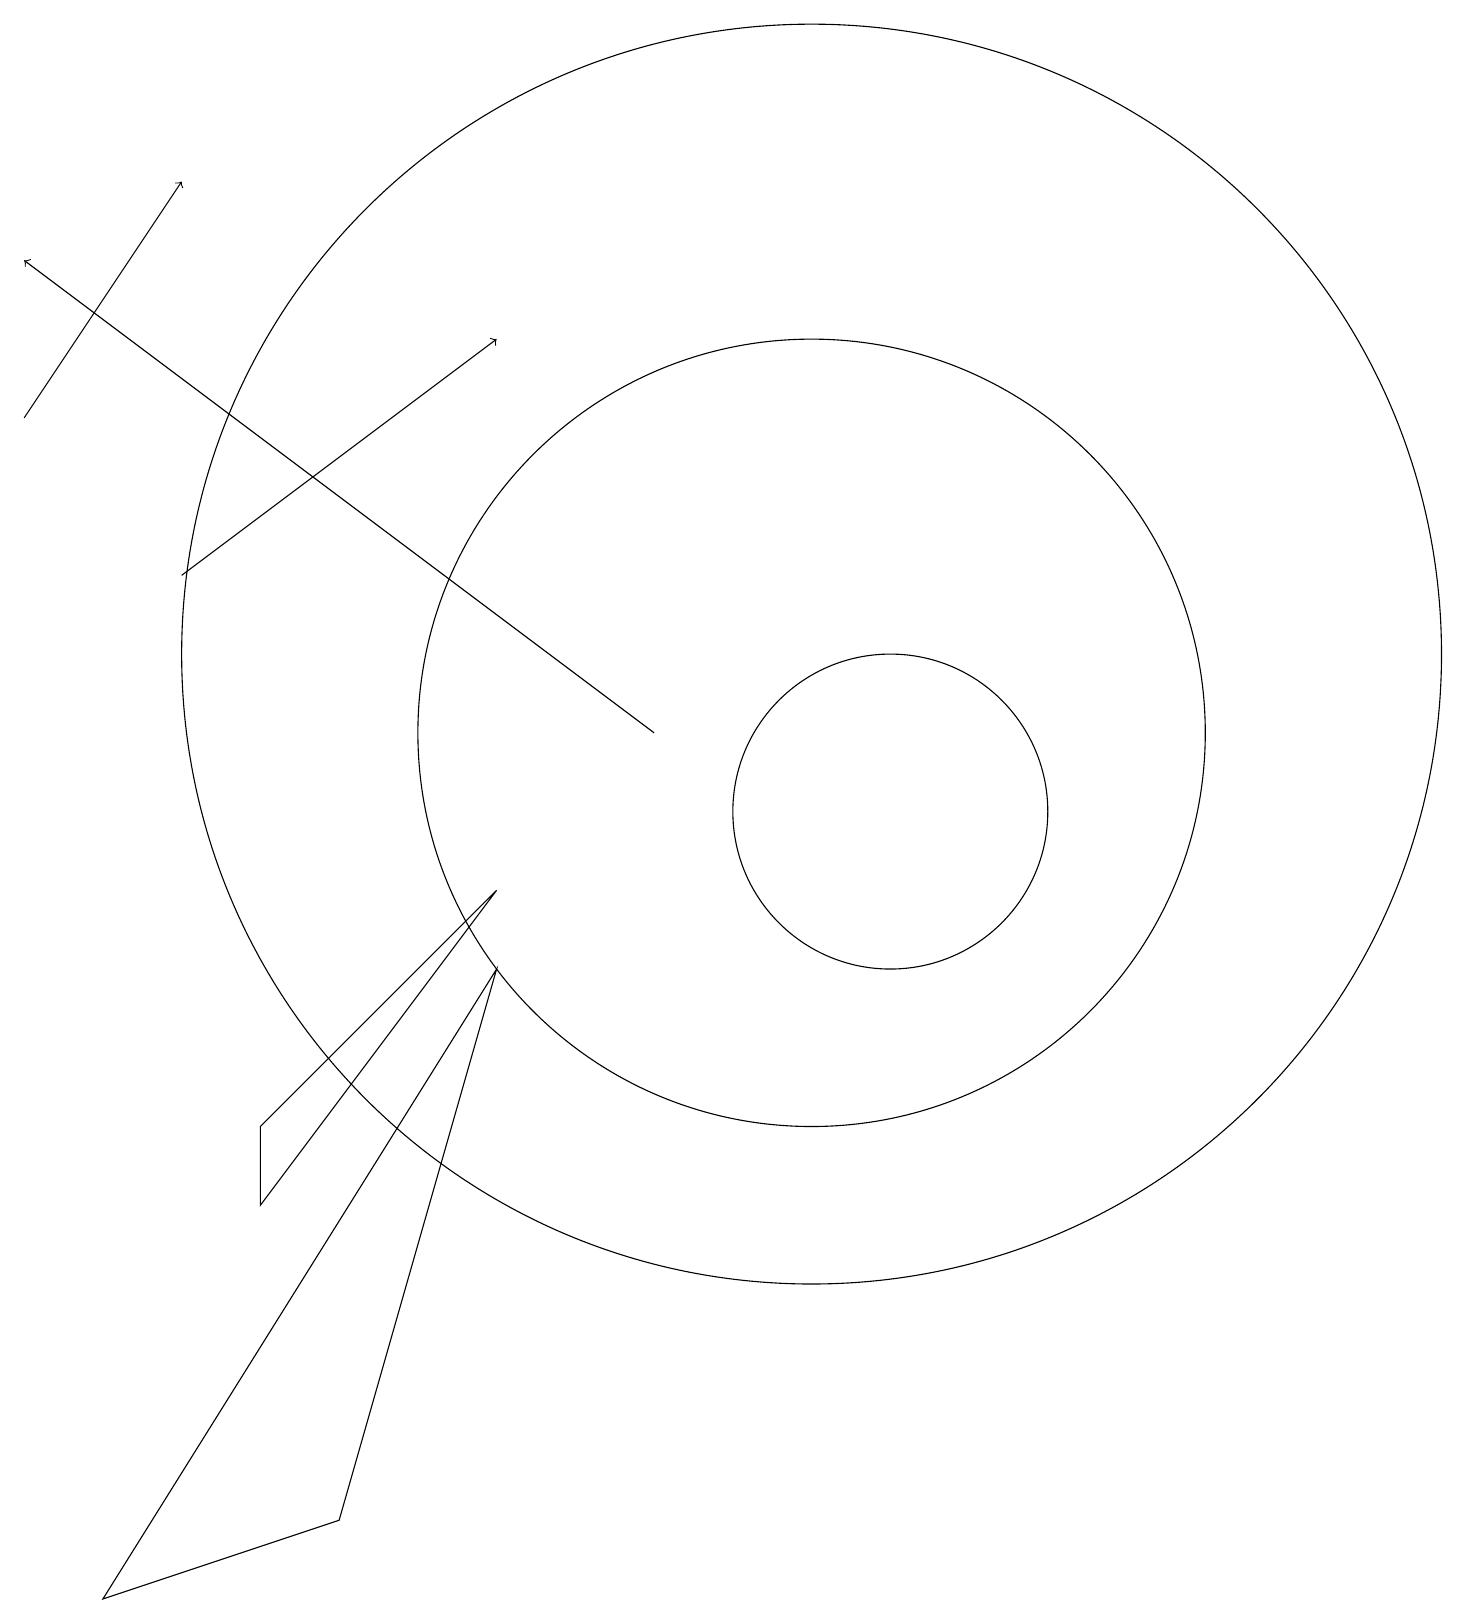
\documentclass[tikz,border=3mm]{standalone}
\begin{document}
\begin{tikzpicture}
\draw (10,12) circle (8);
\draw[->] (0,15) -- (2,18);
\draw (4,1) -- (6,8) -- (1,0) -- cycle;
\draw (3,6) -- (6,9) -- (3,5) -- cycle;
\draw (10,11) circle (5);
\draw[->] (2,13) -- (6,16);
\draw (11,10) circle (2);
\draw[->] (8,11) -- (0,17);
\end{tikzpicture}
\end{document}